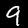
Digit: 9